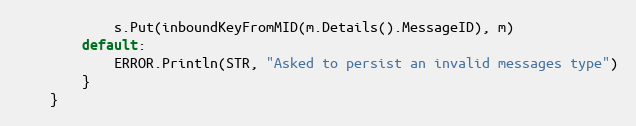
Language: Go
			s.Put(inboundKeyFromMID(m.Details().MessageID), m)
		default:
			ERROR.Println(STR, "Asked to persist an invalid messages type")
		}
	}